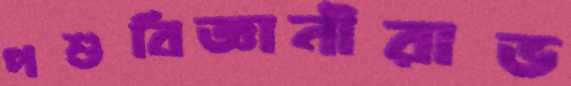
পশুবিজ্ঞানীরাভ